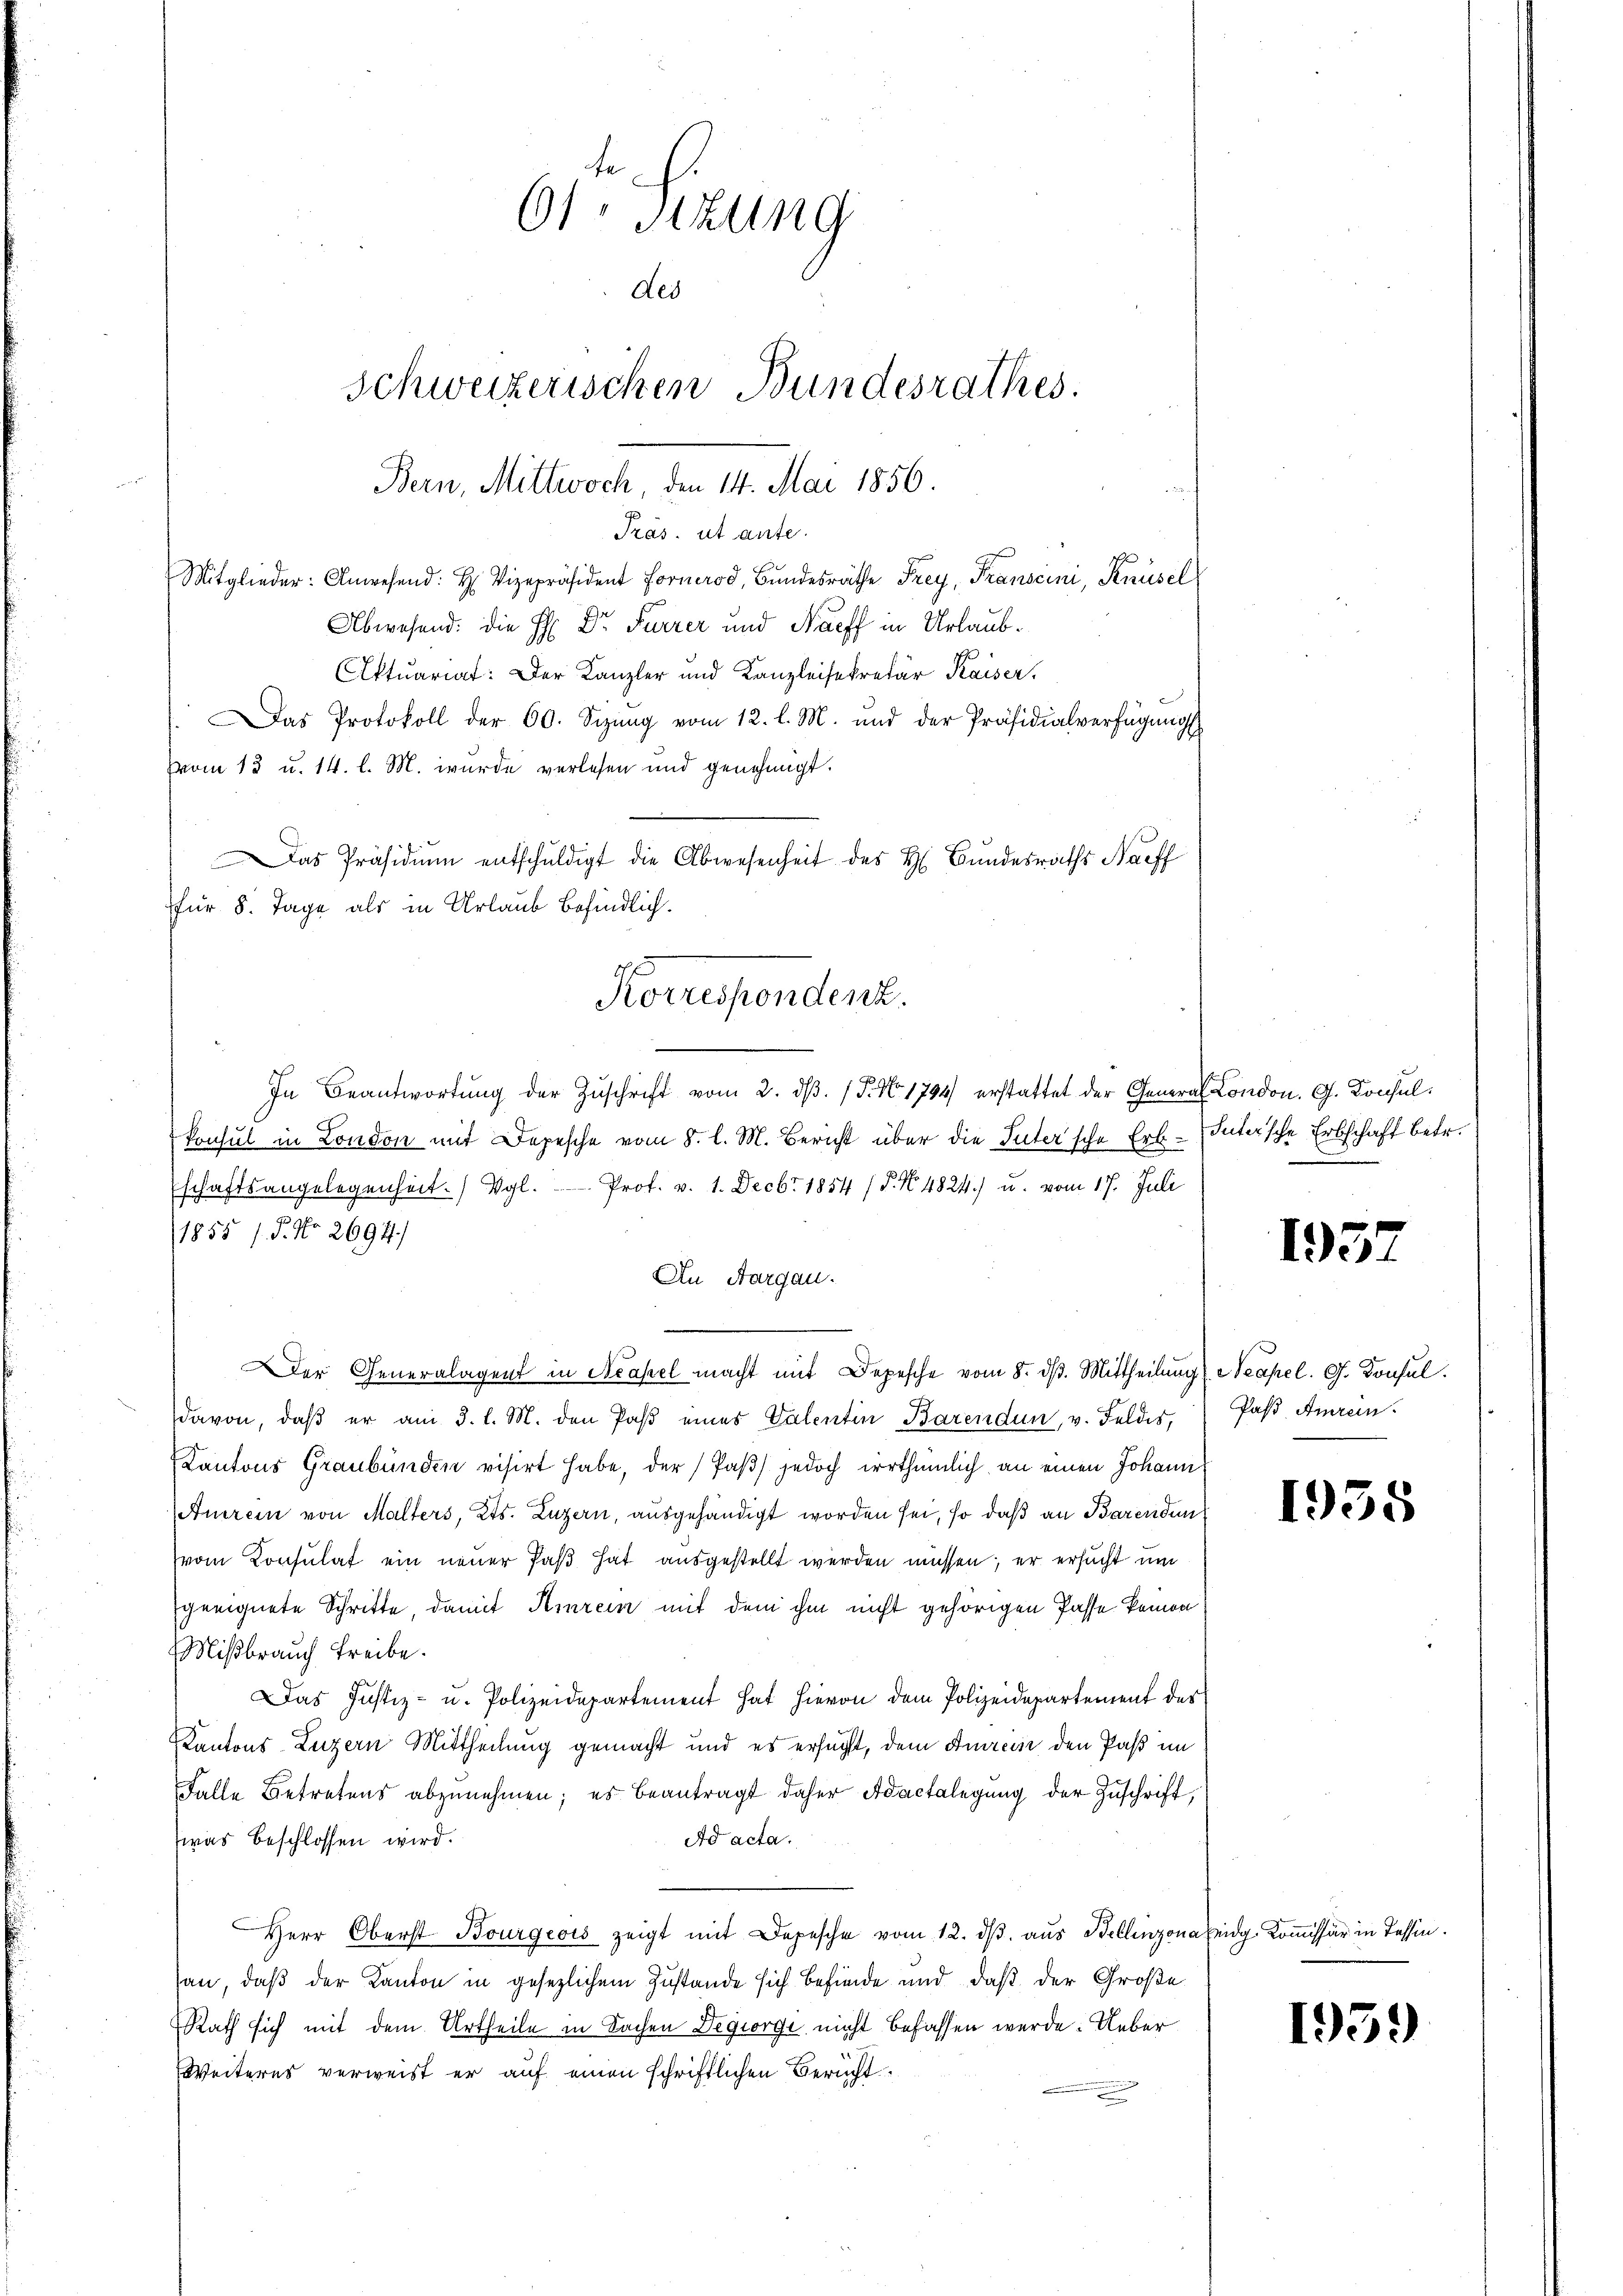
Das Präsidiŭm entschŭldigt die Abwesenheit des H. Bundesraths Naeff
für 8. Tage als in Urlaub befindlich.
Korrespendenz.

61. Sitzung
des
Schweizerischen Bundesrathes.
Bern, Mittwoch, den III. Mai 1856.
Präs. ut ante.
Mitglieder: Anwesend: H. Vizepräsident Fornerod, Bŭndesräthe Frey, Franscini, Knüsel
Abwesend: die H: Dr. Furrer und Naeff in Urlaub¬
Aktuariat: Der Kanzler und Kanzleisekretär Kaiser,
.Das Protokoll der 60. Sizŭng vom 12. l. M. und der Präsidialverfügŭngs
vom 13 u. 14. l. M. wurde verlesen und genehmigt.

In Beantwortŭng der Zŭschrift vom 2. dβ. (T. No. 1794 erstattet der General London. G. Konsulkonsul in London mit Depesche vom 8. l. M. Bericht über die Inter’sche Erb-Intersche Erbschaft betr.
schaftsangelegenheit. Vgl. Prof. v. 1. Decbr 1854 (§. N. 4824.) u. vom 17. Juli
1855 /. P. No 2694.)
An Aargau.
Der Generalagent in Neapel macht mit Depesche vom 8. dβ. Mittheilung l. Neapel. G. Konsul
davon, daß er am 3. l. M. den Paß eines Valentin Barenden, v. Feldes,
Cantons Graubünden visirt habe, der (Paβ jedoch irrthümlich an einen Johann
Anrein von Malters, Kts. Luzern, ausgehändigt worden sei, so daß an Barendun
vom Konsulat ein neuer Paß hat ausgestellt werden müssen; er ersucht um
geeignete Schritte, damit Hinrein mit dem ihm nicht gehörigen Pässe keinen
Mißbrauch Treibe.
Das Justiz- u. Polizeidepartement hat hievon dem Polizeidepartement des
KKantons Luzern Mittheilung gemacht und es erfugt, dem Amreis den Paß im
Falle Betretens abzunehmen; es beantragt daher Adactelegung der Zuschrift,
Ad acta.
was beschlossen wird.
Herr Oberst Bourgeois zeigt mit Depesche vom 12. dβ. aus Bellinzona eidg. Kommissär in Tessin.
san, daß der Kanton in gesezlichem Zustande sich befinde und daß der Große
Rath sich mit dem Urtheile in Sachen Degiorge nicht befassen werde. Ueber
Weiteres verweist er auf einen schriftlichen Bericht

195.

Pas Amrein.

1938

1959